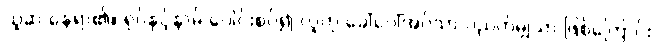
ယူဆ နေရာ၏။ ရုပ်နှင့်နာမ် ပေါင်းစပ်၍ လူဟု ခေါ်ဝေါ်အပ်သာ ပညတ်မျှသာ ဖြစ်ကြောင်း